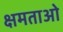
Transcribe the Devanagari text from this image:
क्षमताओ